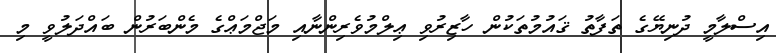
އިސްލާމީ ދުނިޔޭގެ ތަފާތު ޤައުމުތަކުން ހާޒިރުވި ޢިލްމުވެރިންނާއި މަޖްމަޢްގެ މެންބަރުން ބައްދަލުވީ މި